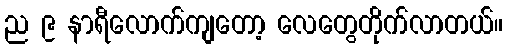
ည ၉ နာရီလောက်ကျတော့ လေတွေတိုက်လာတယ်။